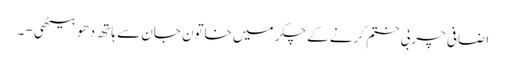
اضافی چربی ختم کرنے کے چکر میں خاتون جان سے ہاتھ دھو بیٹھی - ۔